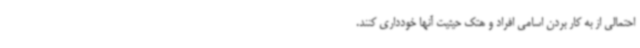
احتمالی از به کار بردن اسامی افراد و هتک حیثیت آنها خودداری کنند.